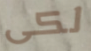
لكى